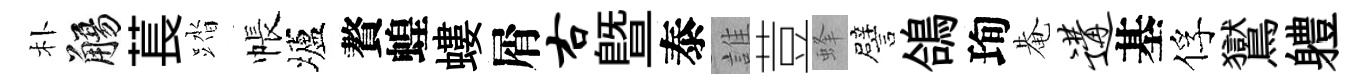
朴觴萇踏帳壚贅蝗螻屑右暨泰誰荳蜂譬鴿珣𤲅遘基俘鸑軆